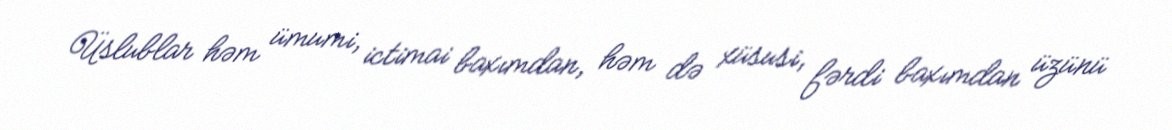
Üslublar həm ümumi, ictimai baxımdan, həm də xüsusi, fərdi baxımdan üzünü